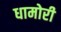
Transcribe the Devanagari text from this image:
धामोरी